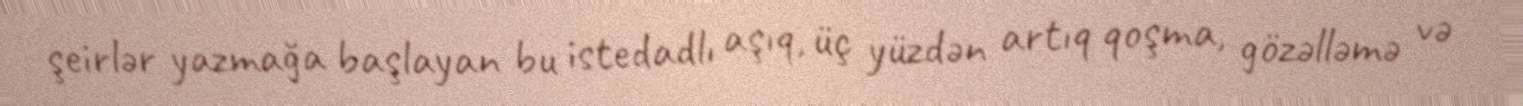
şeirlər yazmağa başlayan bu istedadlı aşıq, üç yüzdən artıq qoşma, gözəlləmə və